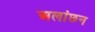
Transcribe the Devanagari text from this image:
अलांछन